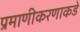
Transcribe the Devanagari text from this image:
प्रमाणीकरणाकडे